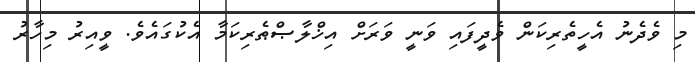
މި ވެދެނު އެހީތެރިކަން ވެދީފައި ވަނީ ވަރަށް އިޚްލާޞްޠެރިކަމާ އެކުގައެވެ. ވީއިރު މިހާރު